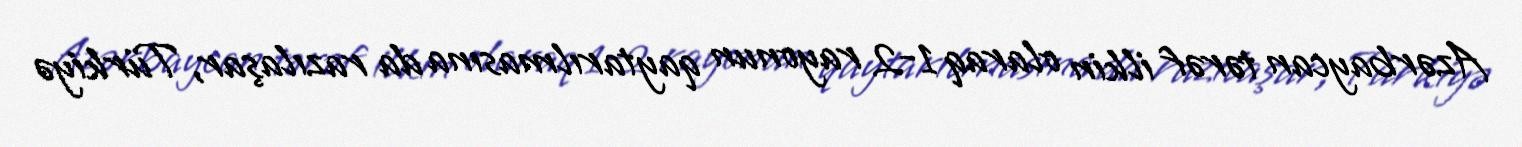
Azərbaycan tərəf ilkin olaraq 1-2 rayonun qaytarılmasına da razılaşar, Türkiyə